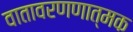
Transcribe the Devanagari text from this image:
वातावरणणात्मक